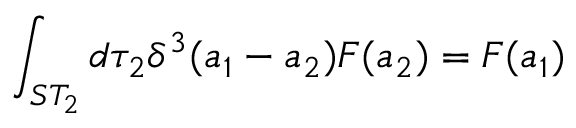
\int _ { S T _ { 2 } } d \tau _ { 2 } \delta ^ { 3 } ( a _ { 1 } - a _ { 2 } ) F ( a _ { 2 } ) = F ( a _ { 1 } )